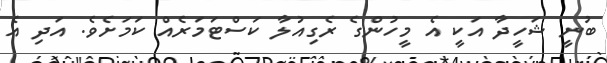
ބުނީ ޝަހީދާ އަކީ އެ މީހުންގެ ރެގިއުލާ ކަސްޓަމަރެއް ކަމަށެވެ. އަދި އެ